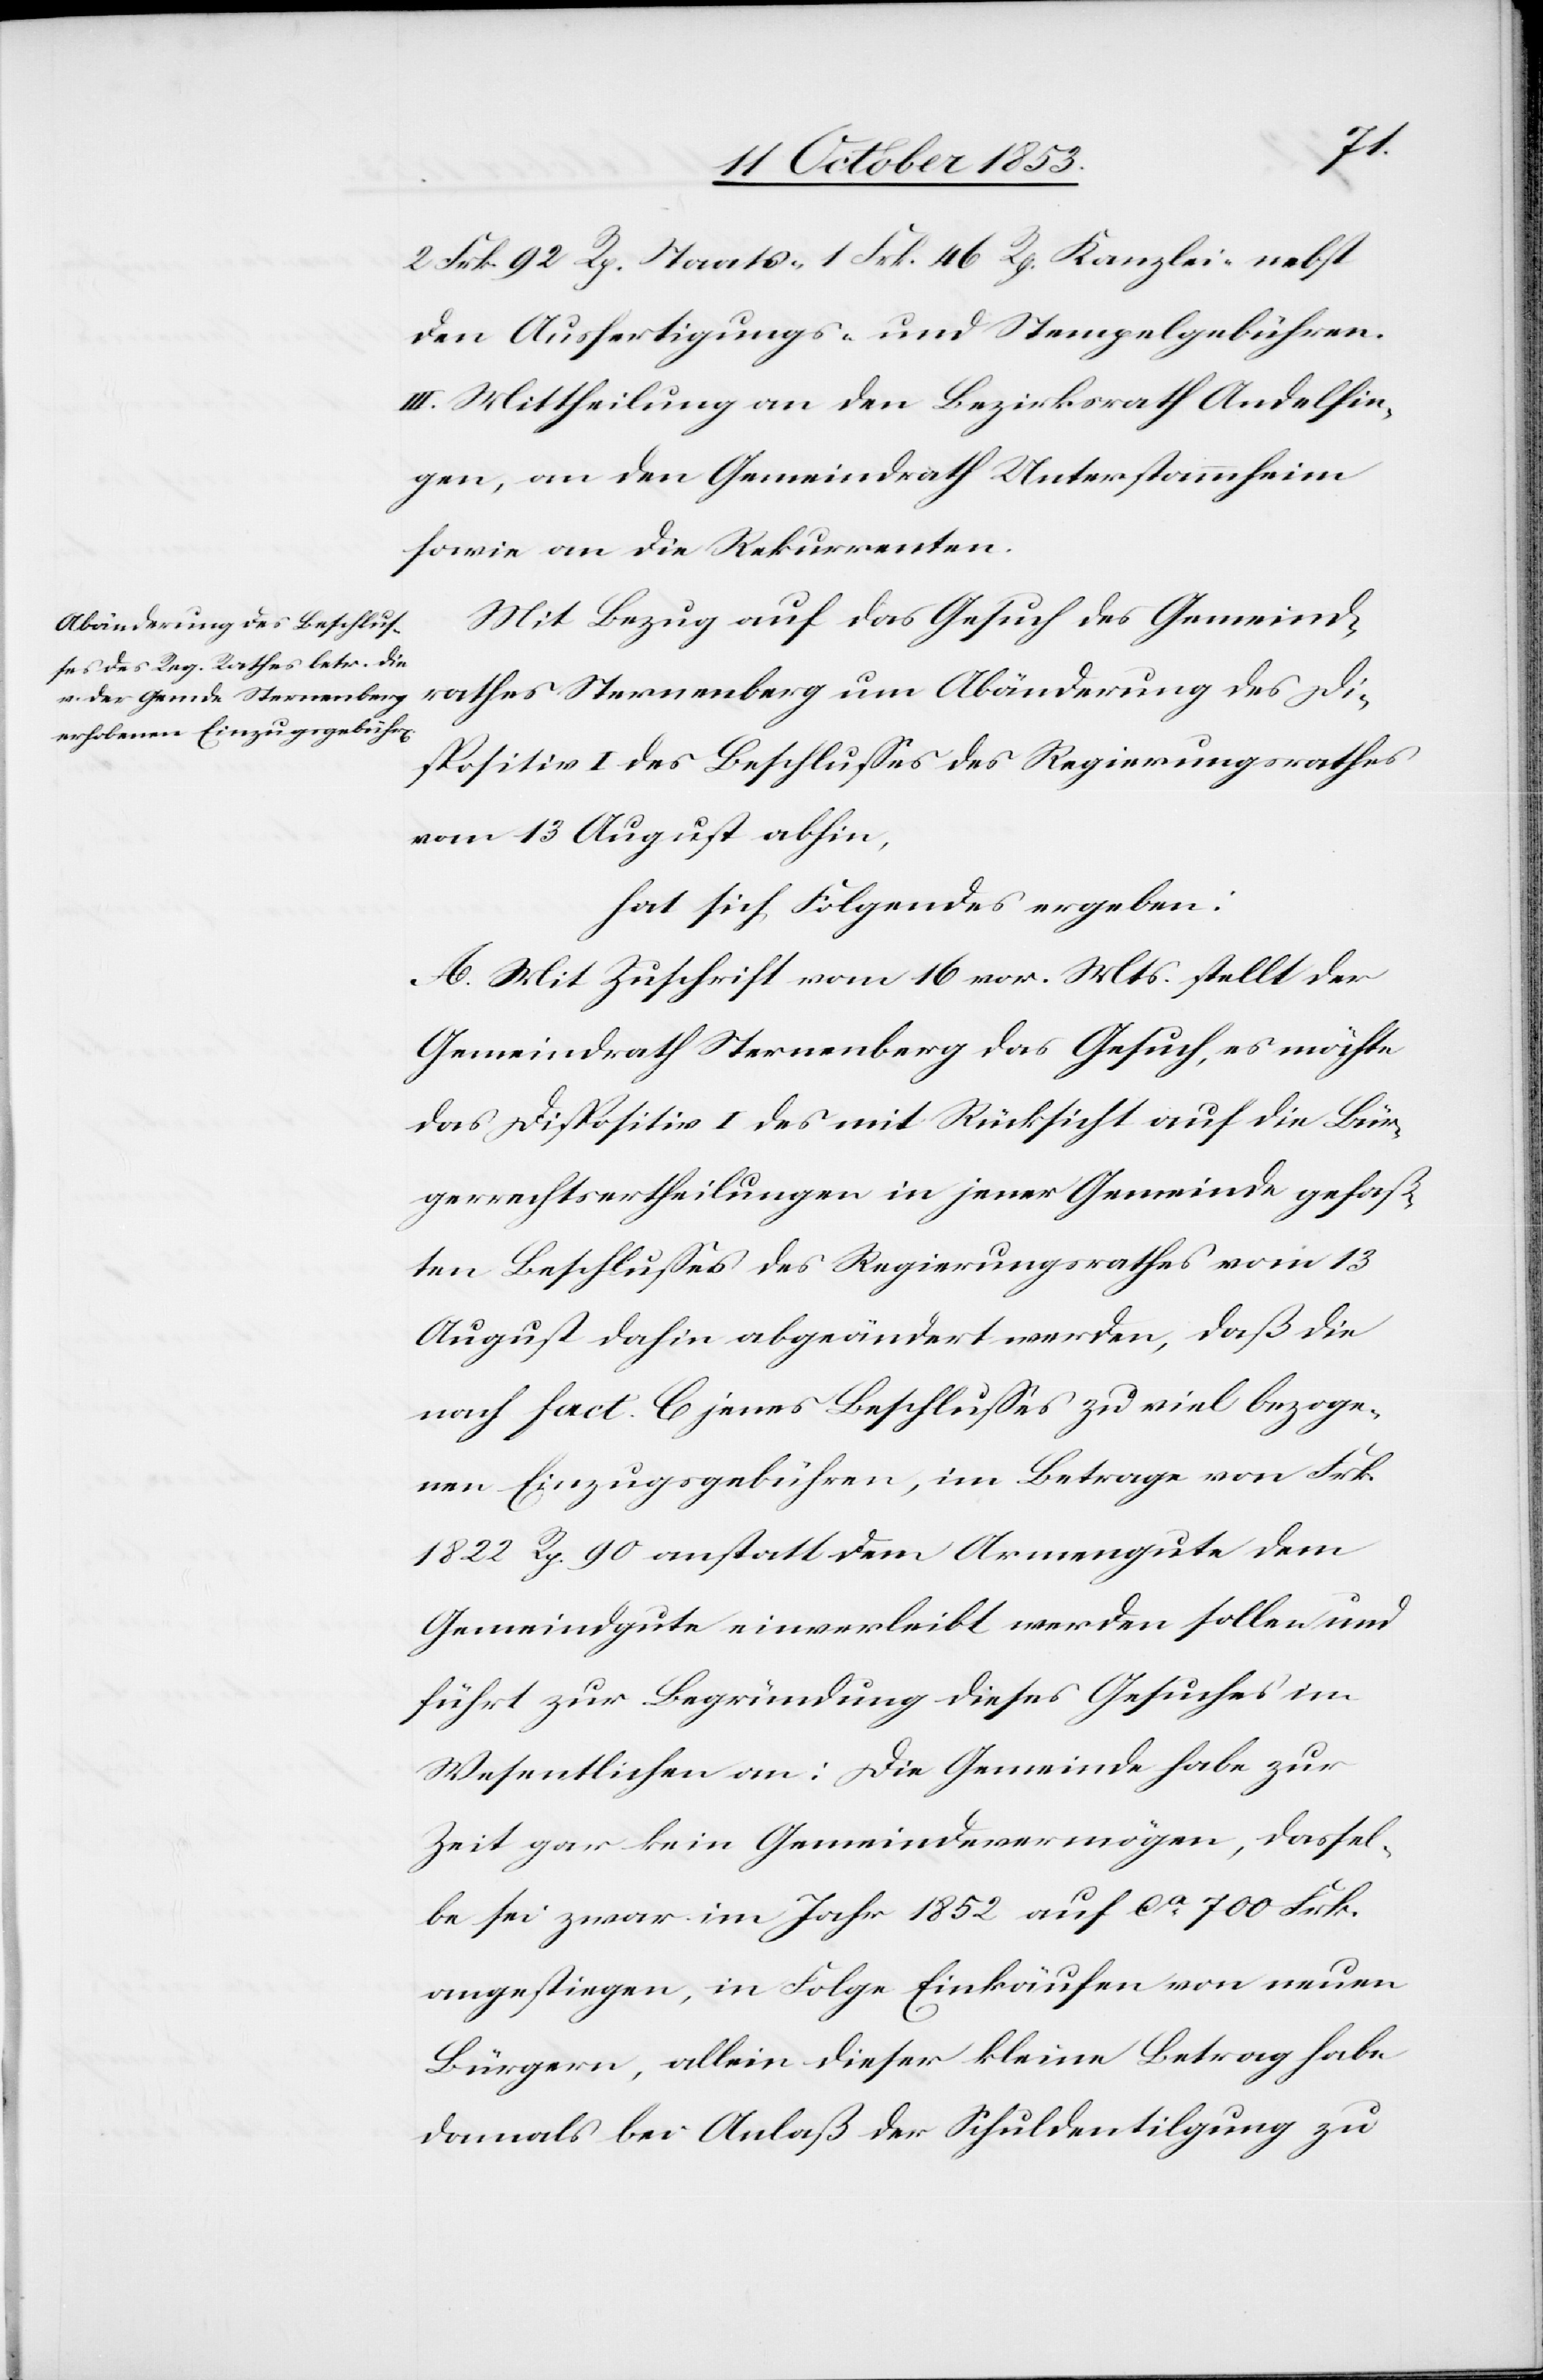
2 Frk. 92 Rp. Staats- 1 Frk. 46 Rp. Kanzlei- nebst
den Ausfertigungs- u. Stempelgebühren.
III. Mittheilung an den Bezirksrath Andelfin¬
gen, an den Gemeindrath Unterstammheim
sowie an die Rekurrenten.
Mit Bezug auf das Gesuch des Gemeind¬
rathes Sternenberg um Abänderung des Di¬
spositiv I des Beschlußes des Regierungsrathes
vom 13 August abhin,
hat sich Folgendes ergeben:
A. Mit Zuschrift vom 16 v. Mts. stellt der
Gemeindrath Sternenberg das Gesuch, es möchte
das Dispositiv I des mit Rücksicht auf die Bür¬
gerrechtsertheilungen in jener Gemeinde gefaß¬
ten Beschlußes des Regierungsrathes vom 13
August dahin abgeändert werden, daß die
nach fact. C jenes Beschlußes zu viel bezoge¬
nen Einzugsgebühren, im Betrage von Frk.
1822 Rp. 90 anstatt dem Armengute dem
Gemeindgute einverleibt werden sollen und
führt zur Begründung dieses Gesuches im
Wesentlichen an: Die Gemeinde habe zur
Zeit gar kein Gemeindsvermögen, dassel¬
be sei zwar im Jahr 1852 auf ca 700 Frk.
angestiegen, in Folge Einkäufen von neuen
Bürgern, allein dieser kleine Betrag habe
damals bei Anlaß der Schuldentilgung zu